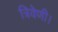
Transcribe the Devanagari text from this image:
त्रिवेणी।